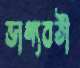
ভাগ্যবতী